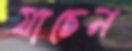
যাচেন